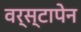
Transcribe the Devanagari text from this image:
वर्स्टापेन